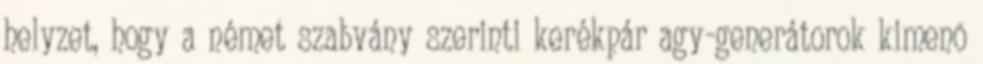
helyzet, hogy a német szabvány szerinti kerékpár agy-generátorok kimenõ